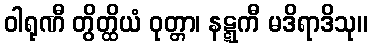
ဝါရုဏီ တွိတ္ထိယံ ဝုတ္တာ၊ နဋ္ဋကီ မဒိရာဒိသု။